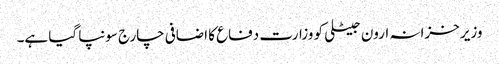
وزیر خزانہ ارون جیٹلی کو وزارت دفاع کا اضافی چارج سونپا گیا ہے۔